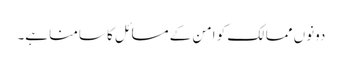
دونوں ممالک کو امن کے مسائل کا سامنا ہے۔